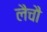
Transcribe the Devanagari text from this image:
लैचौ